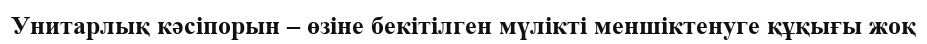
Унитарлық кәсіпорын – өзіне бекітілген мүлікті меншіктенуге құқығы жоқ